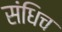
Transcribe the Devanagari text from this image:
संधिच